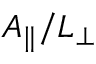
A _ { \parallel } / L _ { \perp }